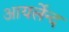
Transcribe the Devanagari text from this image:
आयर्लेन्द